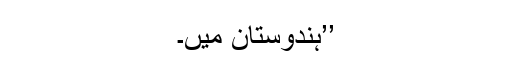
’’ہندوستان میں۔